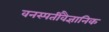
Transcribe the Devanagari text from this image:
वनस्पतीवैज्ञानिक